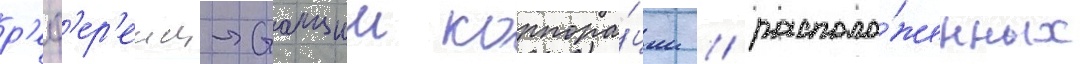
р'еф'ер'енц-станции корпора́ции / располо́женных